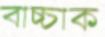
বাচ্চাক